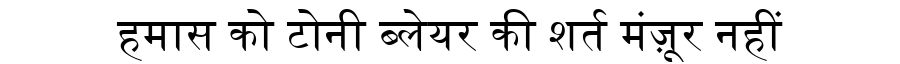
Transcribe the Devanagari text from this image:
हमास को टोनी ब्लेयर की शर्त मंज़ूर नहीं